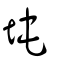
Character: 坉